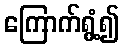
ကြောက်ရွံ့၍